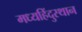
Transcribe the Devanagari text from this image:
मध्यहिंदुस्थान